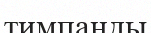
тимпанды